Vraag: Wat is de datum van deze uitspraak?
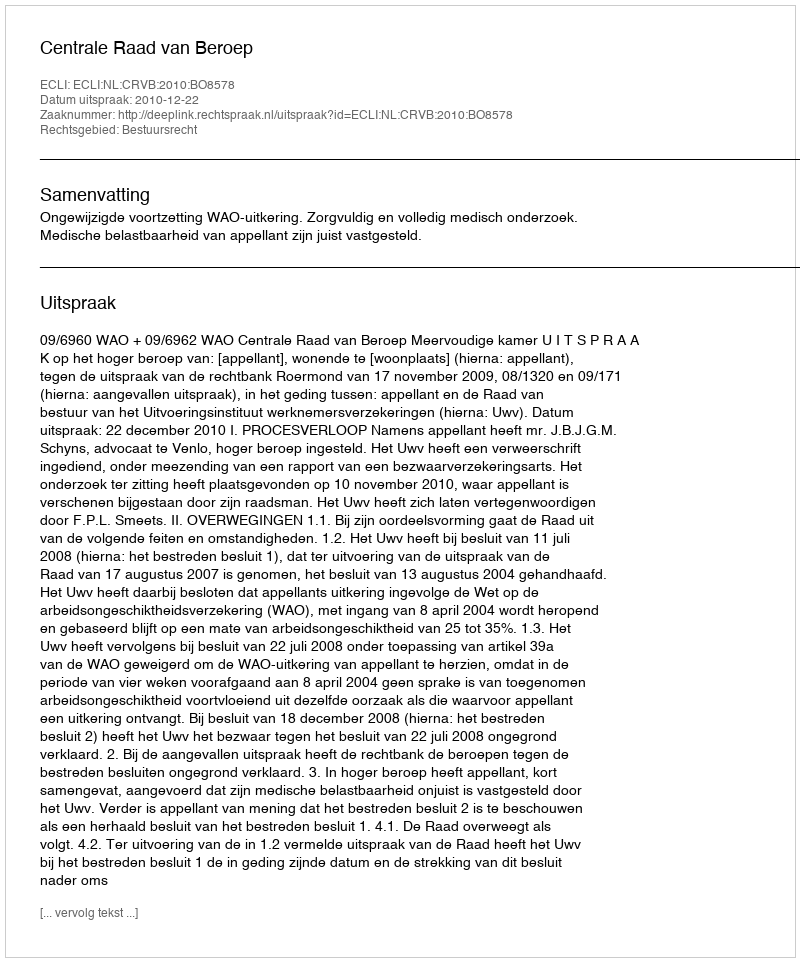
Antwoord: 2010-12-22